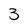
Character: 3